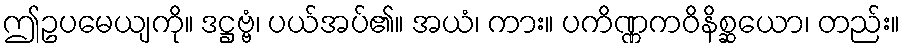
ဤဥပမေယျကို။ ဒဋ္ဌဗ္ဗံ၊ ပယ်အပ်၏။ အယံ၊ ကား။ ပကိဏ္ဏကဝိနိစ္ဆယော၊ တည်း။